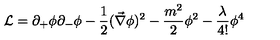
{ \cal L } = \partial _ { + } \phi \partial _ { - } \phi - \frac { 1 } { 2 } ( \vec { \nabla } \phi ) ^ { 2 } - \frac { m ^ { 2 } } { 2 } \phi ^ { 2 } - \frac { \lambda } { 4 ! } \phi ^ { 4 }